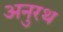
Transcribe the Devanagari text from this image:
अनुरथ